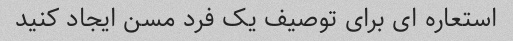
استعاره ای برای توصیف یک فرد مسن ایجاد کنید